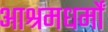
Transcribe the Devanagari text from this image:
आश्रमधर्मों